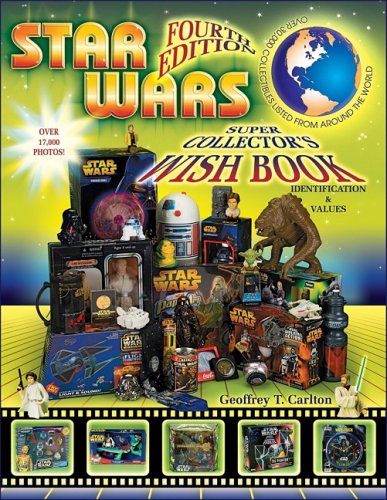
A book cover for Star Wars Super Collector's Wish Book; Geoffrey T. Carlton; Crafts, Hobbies & Home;